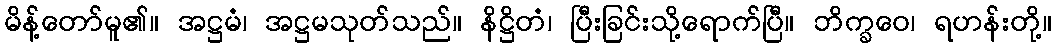
မိန့်တော်မူ၏။ အဋ္ဌမံ၊ အဋ္ဌမသုတ်သည်။ နိဋ္ဌိတံ၊ ပြီးခြင်းသို့ရောက်ပြီ။ ဘိက္ခဝေ၊ ရဟန်းတို့။